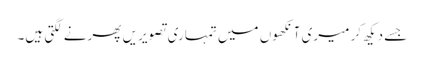
جسے دیکھ کر میری آنکھوں میں تمہاری تصویریں پھرنے لگتی ہیں۔